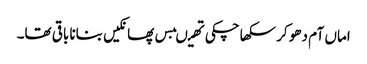
اماں آم دھو کر سکھا چکی تھیںبس پھانکیں بنانا باقی تھا۔